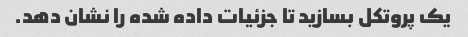
یک پروتکل بسازید تا جزئیات داده شده را نشان دهد.